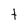
Character: t